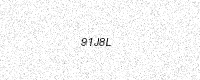
Text: 91J8L